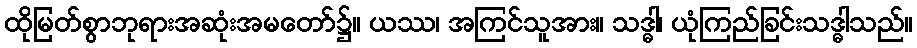
ထိုမြတ်စွာဘုရားအဆုံးအမတော်၌။ ယဿ၊ အကြင်သူအား။ သဒ္ဓါ၊ ယုံကြည်ခြင်းသဒ္ဓါသည်။